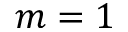
m = 1